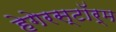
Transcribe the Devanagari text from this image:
हेगेरस्टॉर्म